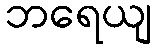
ဘရေယျ